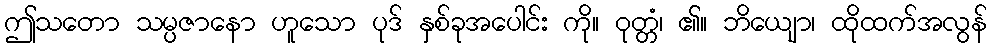
ဤသတော သမ္ပဇာနော ဟူသော ပုဒ် နှစ်ခုအပေါင်း ကို။ ဝုတ္တံ၊ ၏။ ဘိယျော၊ ထိုထက်အလွန်